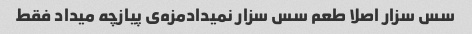
سس سزار اصلا طعم سس سزار نمیدادمزه‌ی پیازچه میداد فقط